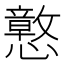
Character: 𫻙